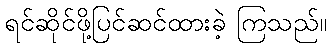
ရင်ဆိုင်ဖို့ပြင်ဆင်ထားခဲ့ ကြသည်။